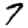
Digit: 7